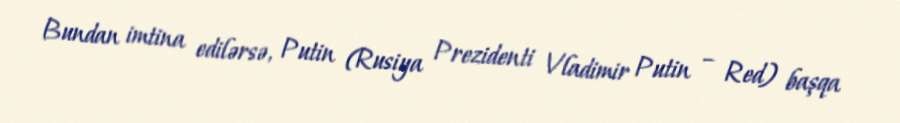
Bundan imtina edilərsə, Putin (Rusiya Prezidenti Vladimir Putin – Red) başqa